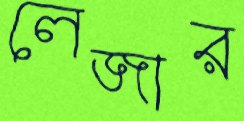
লেজার